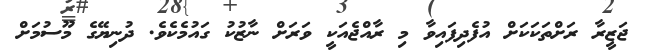
ޖަޒީރާ ރަށްތަކަކަށް އުފެދިފައިވާ މި ރާއްޖެއަކީ ވަރަށް ނާޒުކު ގައުމެކެވެ. ދުނިޔޭގެ މޫސުމަށް